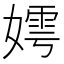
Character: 嫮